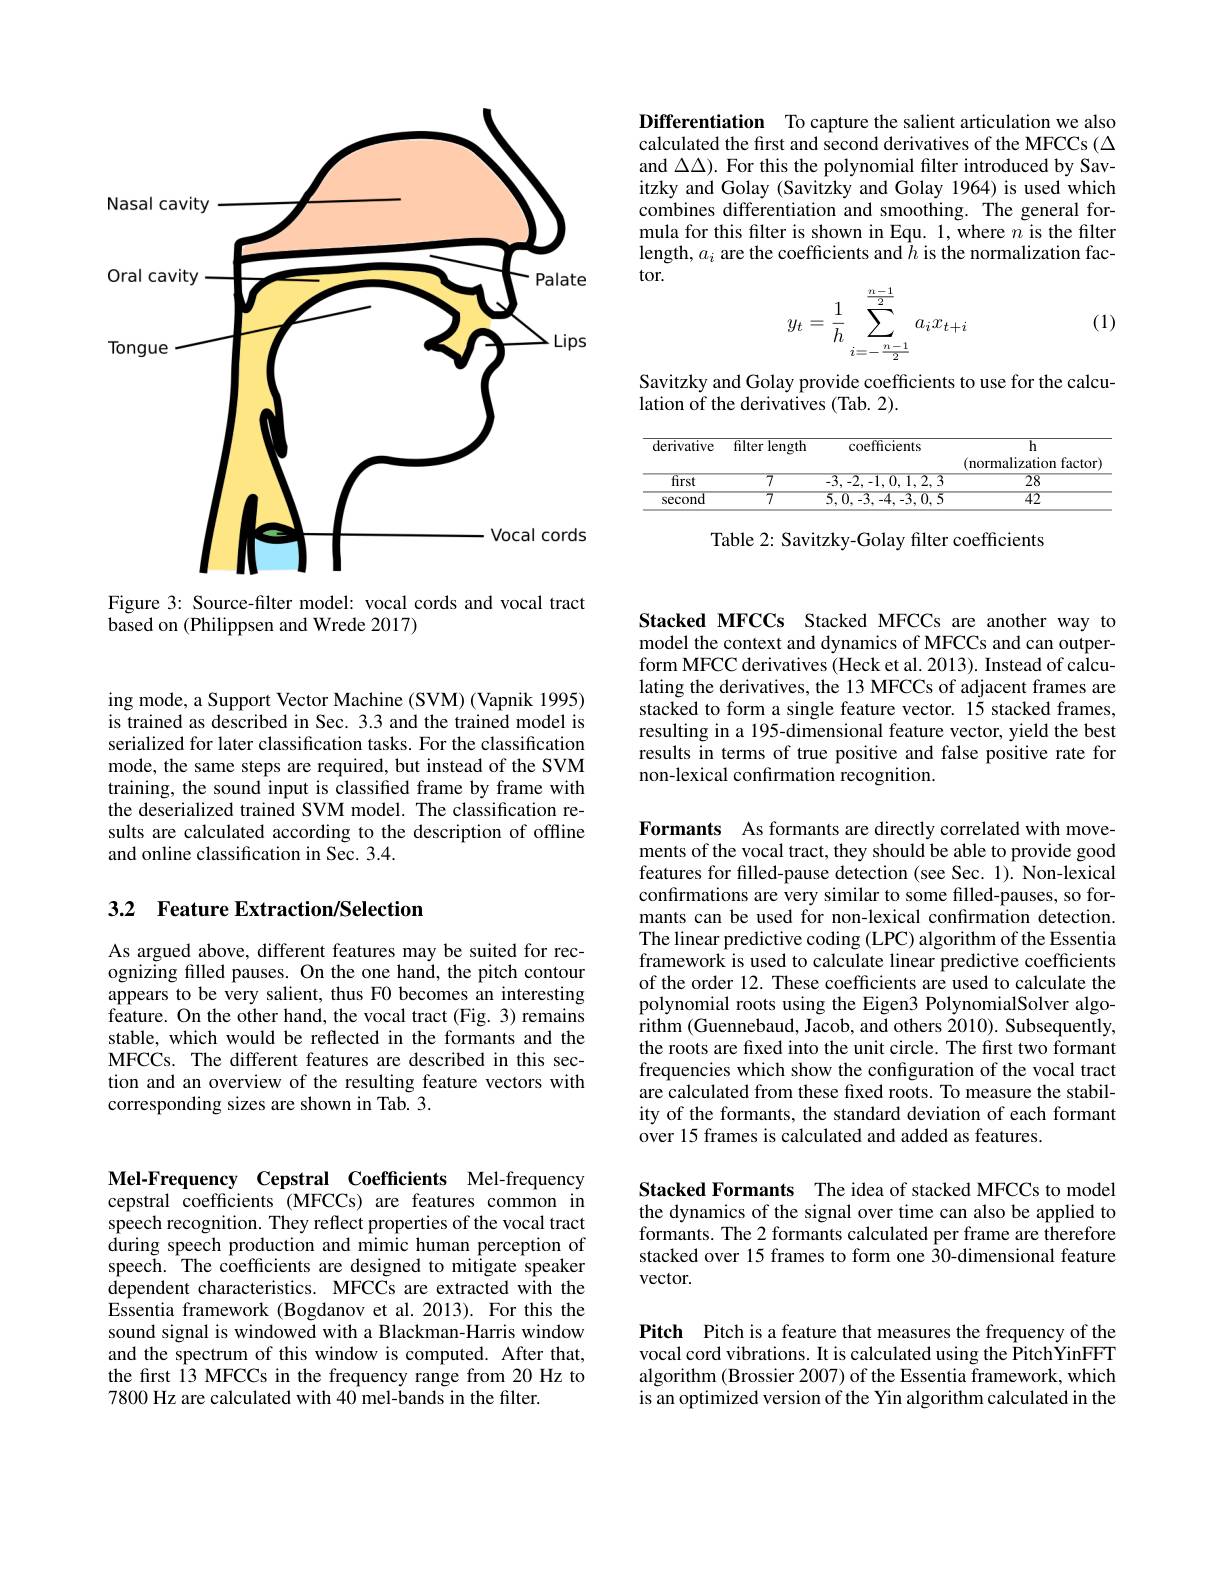
<FigureHere>

Figure 3: Source-filter model: vocal cords and vocal tract
based on (Philippsen and Wrede 2017)

Differentiation To capture the salient articulation we also calculated the first and second derivatives of the MFCCs ($\Delta$ and $\Delta\Delta\Delta).$ For this the polynomial filter introduced by Savitzky and Golay (Savitzky and Golay 1964) is used which combines differentiation and smoothing. The general formula for this filter is shown in Equ. 1, where $n$ is the filter length, $a_i$ are the coefficients and $\hat{h}$ is the normalization factor.
$$y_t=\dfrac{1}{h}\sum\limits_{i=-\frac{n-1}{2}}^{\frac{n-1}{2}}a_ix_{t+i}$$
(1)

Savitzky and Golay provide coefficients to use for the calcu-
lation of the derivatives (Tab. 2).

Table 2: Savitzky-Golay filter coefficients

ing mode, a Support Vector Machine (SVM) (Vapnik 1995) is trained as described in Sec. 3.3 and the trained model is serialized for later classification tasks. For the classification mode, the same steps are required, but instead of the SVM training, the sound input is classified frame by frame with the deserialized trained SVM model. The classification results are calculated according to the description of offline and online classification in Sec. 3.4.

## 3.2 Feature Extraction/Selection

As argued above, different features may be suited for recognizing filled pauses. On the one hand, the pitch contour appears to be very salient, thus F0 becomes an interesting feature. On the other hand, the vocal tract (Fig. 3) remains stable, which would be reflected in the formants and the MFCCs. The different features are described in this section and an overview of the resulting feature vectors with corresponding sizes are shown in Tab. 3.

Stacked MFCCs Stacked MFCCs are another way to model the context and dynamics of MFCCs and can outperform MFCC derivatives (Heck et al. 2013). Instead of calculating the derivatives, the 13 MFCCs of adjacent frames are stacked to form a single feature vector. 15 stacked frames, resulting in a 195-dimensional feature vector, yield the best results in terms of true positive and false positive rate for non-lexical confırmation recognition.

Formants As formants are directly correlated with movements of the vocal tract, they should be able to provide good features for filled-pause detection (see Sec. 1). Non-lexical confirmations are very similar to some filled-pauses, so formants can be used for non-lexical confırmation detection. The linear predictive coding (LPC) algorithm of the Essentia framework is used to calculate linear predictive coefficients of the order 12. These coefficients are used to calculate the polynomial roots using the Eigen3 PolynomialSolver algorithm (Guennebaud, Jacob, and others 2010). Subsequently, the roots are fixed into the unit circle. The first two formant frequencies which show the configuration of the vocal tract are calculated from these fixed roots. To measure the stability of the formants, the standard deviation of each formant over 15 frames is calculated and added as features.

Stacked Formants The idea of stacked MFCCs to model the dynamics of the signal over time can also be applied to formants. The 2 formants calculated per frame are therefore stacked over 15 frames to form one 30-dimensional feature vector.

Pitch Pitch is a feature that measures the frequency of the vocal cord vibrations. It is calculated using the PitchYinFFT algorithm (Brossier 2007) of the Essentia framework, which is an optimized version of the Yin algorithm calculated in the

Mel-Frequency Cepstral Coefficients Mel-frequency cepstral coefficients (MFCCs) are features common in speech recognition. They reflect properties of the vocal tract during speech production and mimic human perception of speech. The coefficients are designed to mitigate speaker dependent characteristics. MFCCs are extracted with the Essentia framework (Bogdanov et al.2013). For this the sound signal is windowed with a Blackman-Harris window and the spectrum of this window is computed. After that, the frst 13 MFCCs in the frequency range from 20 Hz to 7800 Hz are calculated with 40 mel-bands in the filter.